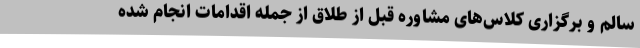
سالم و برگزاری کلاس‌های مشاوره قبل از طلاق از جمله اقدامات انجام شده